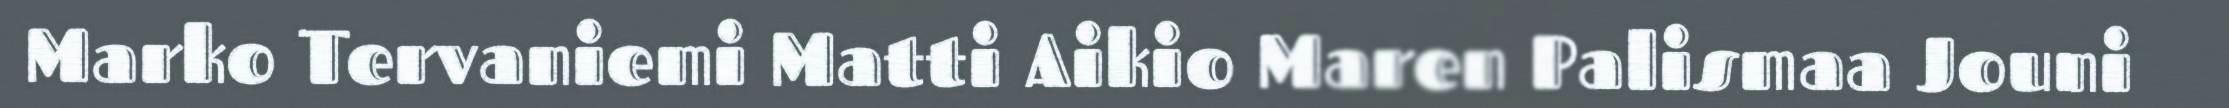
Marko Tervaniemi Matti Aikio Maren Palismaa Jouni